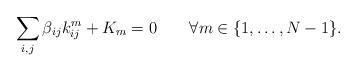
LaTeX: \begin{align*}\sum_{i,j}\beta_{ij}k_{ij}^{m}+K_{m}=0\qquad\forall m\in\{1,\ldots,N-1\}.\end{align*}